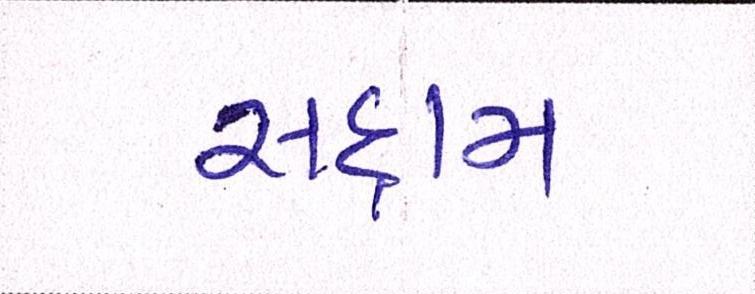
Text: સદ્દામ